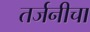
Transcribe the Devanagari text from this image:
तर्जनीचा